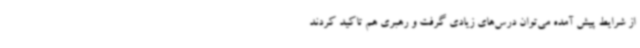
از شرایط پیش آمده می‌توان درس‌های زیادی گرفت و رهبری هم تاکید کردند